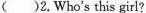
( )2.Who's this girl?